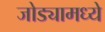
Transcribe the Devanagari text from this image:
जोड्यामध्ये